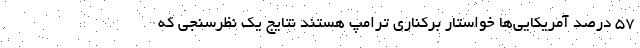
57 درصد آمریکایی‌ها خواستار برکناری ترامپ هستند نتایج یک نظرسنجی که